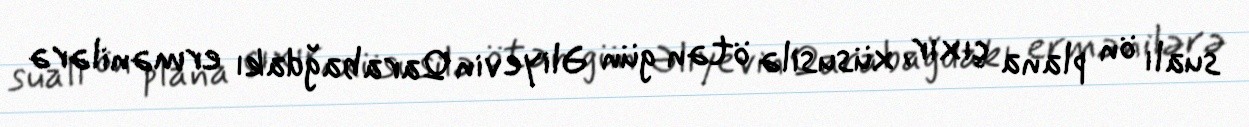
sualı ön plana çıxır, xüsusilə ötən gün Əliyevin Qarabağdakı ermənilərə